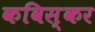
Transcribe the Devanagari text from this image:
कविस्कर